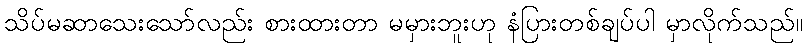
သိပ်မဆာသေးသော်လည်း စားထားတာ မမှားဘူးဟု နံပြားတစ်ချပ်ပါ မှာလိုက်သည်။